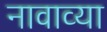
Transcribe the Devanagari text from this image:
नावाव्या